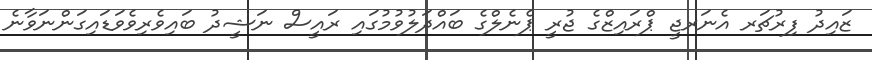
ޒައިދު ފިރުޗަރ އެނަރޖީ ޕްރައިޒްގެ ޖުރީ ޕެނެލްގެ ބައްދަލުވުމުގައި ރައީސް ނަޝީދު ބައިވެރިވެވަޑައިގަންނަވާނެ